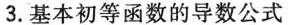
3.基本初等函数的导数公式